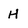
Character: H